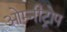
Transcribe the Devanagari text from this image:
ओम्नीट्रोप